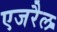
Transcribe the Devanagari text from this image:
एजरैल